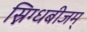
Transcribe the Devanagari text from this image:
स्निग्धबीजम्